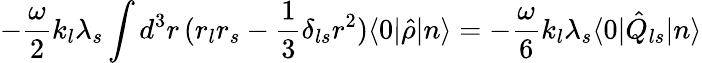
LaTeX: -\frac{\omega}{2}k_{l}\lambda_{s}\int d^{3}r\, (r_{l}r_{s}-\frac{1}{3}\delta_{ls}r^{2})\langle 0|\hat{\rho}|n\rangle=-\frac{\omega}{6}k_{l}\lambda_{s}\langle 0|\hat{Q}_{ls}|n\rangle